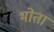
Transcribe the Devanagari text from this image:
भोता